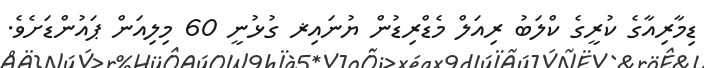
ޑިމާރިއާގެ ކުރީގެ ކްލަބު ރިއަލް މެޑްރިޑުން ޔުނައިޜ ގުޅުނީ 60 މިލިއަން ޕައުންޑަށެވެ.